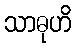
သာဓုဟိ